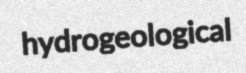
hydrogeological